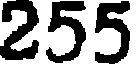
255